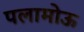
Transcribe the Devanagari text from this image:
पलामोऊ